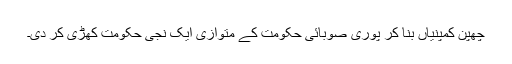
چھپن کمپنیاں بنا کر پوری صوبائی حکومت کے متوازی ایک نجی حکومت کھڑی کر دی۔